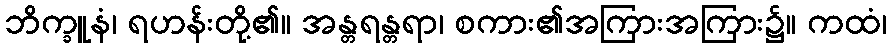
ဘိက္ခူနံ၊ ရဟန်းတို့၏။ အန္တရန္တရာ၊ စကား၏အကြားအကြား၌။ ကထံ၊